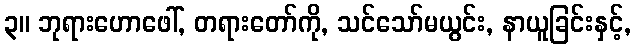
၃။ ဘုရားဟောဖေါ်, တရားတော်ကို, သင်သော်မယွင်း, နာယူခြင်းနှင့်,